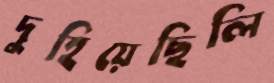
দুহিয়েছিলি